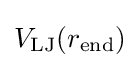
V_{\mathrm {LJ} }(r_{\mathrm {end} })